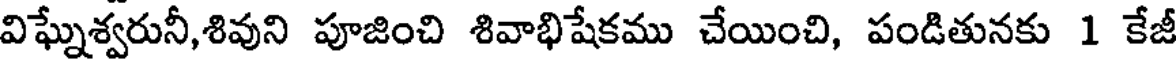
విఘ్నేశ్వరునీ,శివుని పూజించి శివాభిషేకము చేయించి, పండితునకు 1 కేజీ